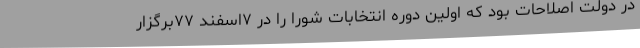
در دولت اصلاحات بود که اولین دوره انتخابات شورا را در ۷اسفند ۷۷برگزار